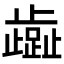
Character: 𬆏